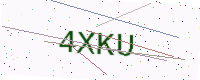
Text: 4XKU